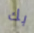
بك